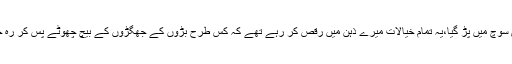
میں گہری سوچ میں پڑ گیا،یہ تمام خیالات میرے ذہن میں رقص کر رہے تھے کہ کس طرح بڑوں کے جھگڑوں کے بیچ چھوٹے پس کر رہ جاتے ہیں ۔